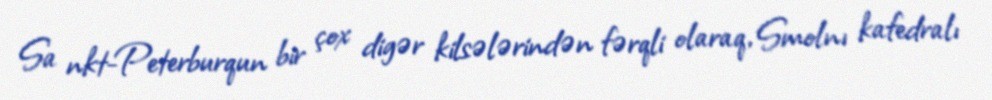
Sa nkt-Peterburqun bir çox digər kilsələrindən fərqli olaraq, Smolnı kafedralı